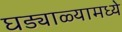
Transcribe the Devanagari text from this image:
घड्याळ्यामध्ये